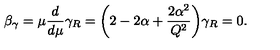
\beta _ { \gamma } = \mu { \frac { d } { d \mu } } \gamma _ { R } = \biggl ( 2 - 2 \alpha + { \frac { 2 \alpha ^ { 2 } } { Q ^ { 2 } } } \biggr ) \gamma _ { R } = 0 .